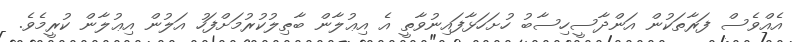
އެއްވެސް ފަރާތަކުން އަންދާސީހިސާބު ހުށަހަޅާފައިނުވާތީ އެ އިޢުލާން ބާޠިލުކުރުމަށްފަހު އަލުން އިޢުލާން ކުރީމެވެ.